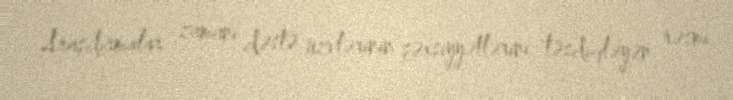
Araşdırmalar zamanı dəstə üzvlərinin şəxsiyyətlərini təsdiqləyən rəsmi